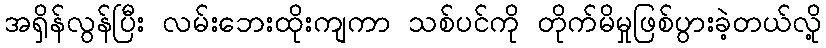
အရှိန်လွန်ပြီး လမ်းဘေးထိုးကျကာ သစ်ပင်ကို တိုက်မိမှုဖြစ်ပွားခဲ့တယ်လို့